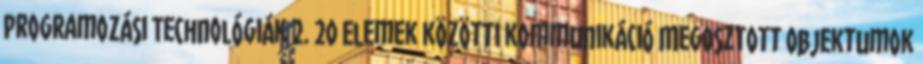
Programozási Technológiák 2. 20 Elemek közötti kommunikáció Megosztott objektumok